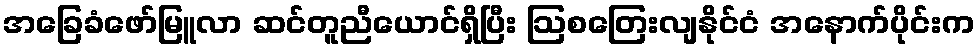
အခြေခံဖော်မြူလာ ဆင်တူညီယောင်ရှိပြီး ဩစတြေးလျနိုင်ငံ အနောက်ပိုင်းက